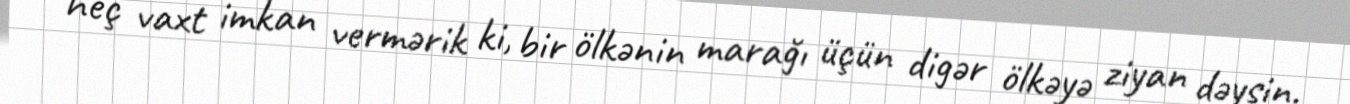
heç vaxt imkan vermərik ki, bir ölkənin marağı üçün digər ölkəyə ziyan dəysin.